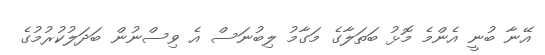
އޭނާ ބުނީ އެންމެ މޮޅު ބަތަލާގެ މަގާމު ލިބުނަސް އެ ވިސްނުން ބަދަލުކުރުމުގެ